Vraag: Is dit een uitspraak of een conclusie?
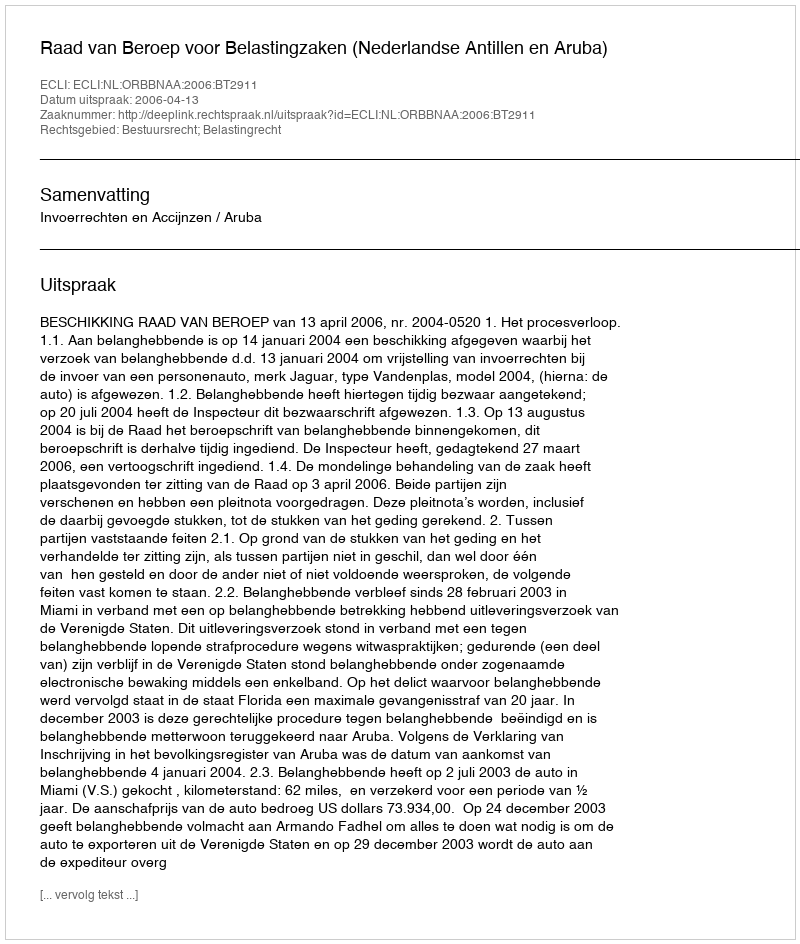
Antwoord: Uitspraak